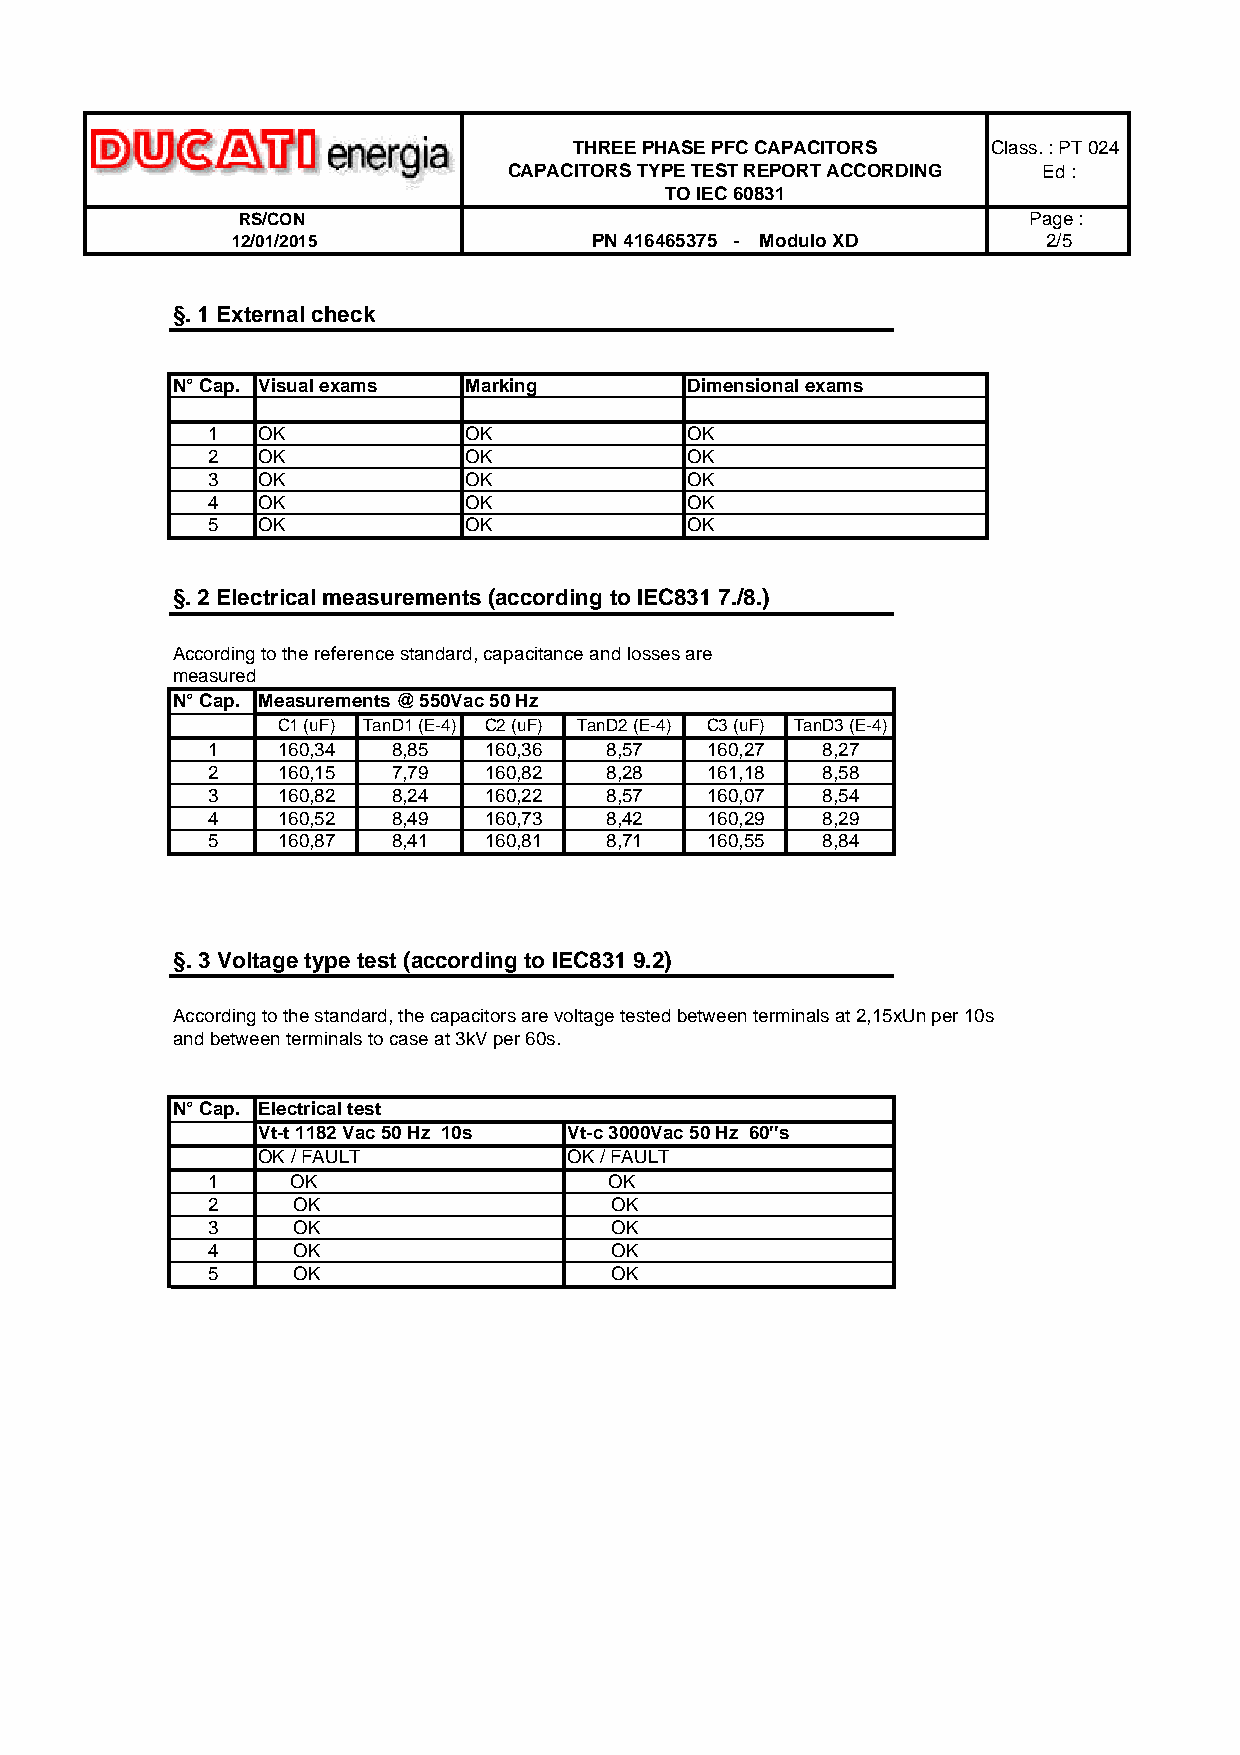
THREE PHASE PFC CAPACITORS  Class. : PT 024
 CAPACITORS TYPE TEST REPORT ACCORDING Ed :
 TO IEC 60831
 RS/CON                                              Page :
 12/01/2015              PN 416465375 - Modulo XD      2/5
 §. 1 External check
 N° Cap. Visual exams Marking       Dimensional exams
 1  OK            OK             OK
 2  OK            OK             OK
 3  OK            OK             OK
 4  OK            OK             OK
 5  OK            OK             OK
 §. 2 Electrical measurements (according to IEC831 7./8.)
 According to the reference standard, capacitance and losses are
 measured
 N° Cap. Measurements @ 550Vac 50 Hz
 C1 (uF) TanD1 (E-4) C2 (uF) TanD2 (E-4) C3 (uF) TanD3 (E-4)
 1   160,34  8,85  160,36  8,57   160,27 8,27
 2   160,15  7,79  160,82  8,28   161,18 8,58
 3   160,82  8,24  160,22  8,57   160,07 8,54
 4   160,52  8,49  160,73  8,42   160,29 8,29
 5   160,87  8,41  160,81  8,71   160,55 8,84
 §. 3 Voltage type test (according to IEC831 9.2)
 According to the standard, the capacitors are voltage tested between terminals at 2,15xUn per 10s
 and between terminals to case at 3kV per 60s.
 N° Cap. Electrical test
 Vt-t 1182 Vac 50 Hz 10s Vt-c 3000Vac 50 Hz 60''s
 OK / FAULT           OK / FAULT
 1    OK                   OK
 2    OK                   OK
 3    OK                   OK
 4    OK                   OK
 5    OK                   OK